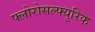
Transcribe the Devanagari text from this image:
फ्लोरोसल्फ्युरिक